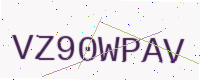
Text: VZ90WPAV